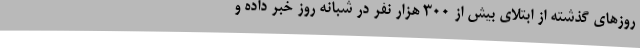
روزهای گذشته از ابتلای بیش از 300 هزار نفر در شبانه روز خبر داده و